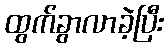
ထွက်ခွာလာခဲ့ပြီး